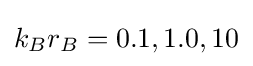
k_{B}r_{B}=0.1,1.0,10